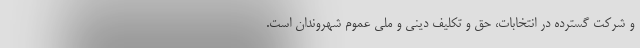
و شرکت گسترده در انتخابات، حق و تکلیف دینی و ملی عموم شهروندان است.